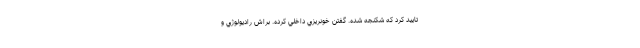
تاييد كرد كه شكنجه شده. گفتن خونريزي داخلي كرده. براش راديولوژي و